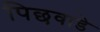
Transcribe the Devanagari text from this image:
पिछवाडे़